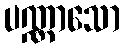
ပဏ္ဏာသော